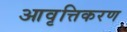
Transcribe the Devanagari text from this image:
आवृत्तिकरण